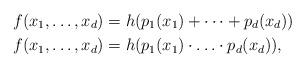
LaTeX: \begin{align*}f(x_1,\ldots, x_d)&=h(p_1(x_1)+\cdots+p_d(x_d))~~\\f(x_1,\ldots, x_d)&=h(p_1(x_1)\cdot\ldots\cdot p_d(x_d)),\end{align*}